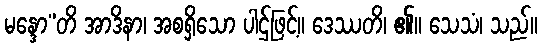
မန္ဒော”တိ အာဒိနာ၊ အစရှိသော ပါဌ်ဖြင့်။ ဒေဿတိ၊ ၏။ သေသံ၊ သည်။